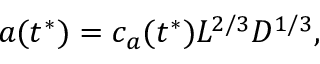
a ( t ^ { * } ) = c _ { a } ( t ^ { * } ) L ^ { 2 / 3 } D ^ { 1 / 3 } ,